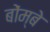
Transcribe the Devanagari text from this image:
बोंम्बे